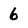
Character: 6